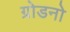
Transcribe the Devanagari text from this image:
ग्रोडनो